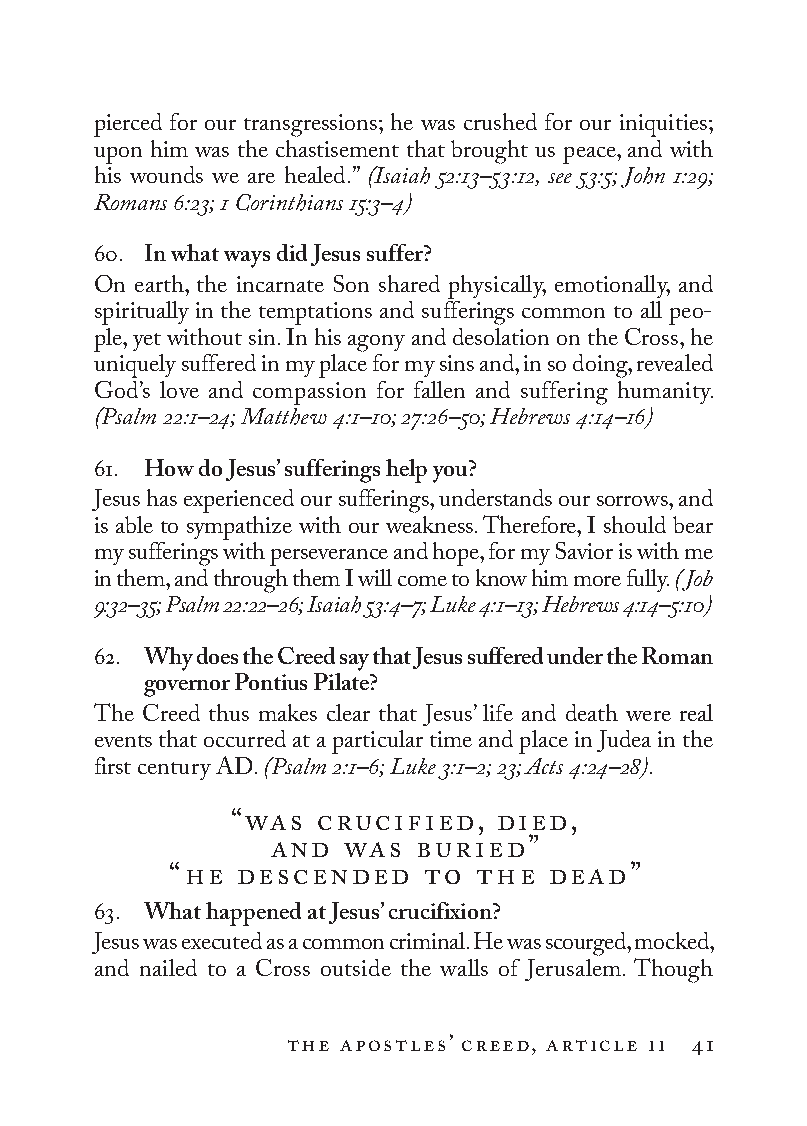
pierced for our transgressions; he was crushed for our iniquities;
 upon him was the chastisement that brought us peace, and with
 his wounds we are healed.” (Isaiah 52:13–53:12, see 53:5; John 1:29;
 Romans 6:23; 1 Co rin thi ans 15:3–4)
 60. In what ways did Jesus suffer?
 On earth, the incarnate Son shared physically, emotionally, and
 spiritually in the temptations and sufferings common to all peo-
 ple, yet without sin. In his agony and desolation on the Cross, he
 uniquely suffered in my place for my sins and, in so doing, revealed
 God’s love and compassion for fallen and suffering humanity.
 (Psalm 22:1–24; Matthew 4:1–10; 27:26–50; Hebrews 4:14–16)
 61. How do Jesus’ sufferings help you?
 Jesus has experienced our sufferings, understands our sorrows, and
 is able to sympathize with our weakness. Therefore, I should bear
 my sufferings with perseverance and hope, for my Savior is with me
 in them, and through them I will come to know him more fully. (Job
 9:32–35; Psalm 22:22–26; Isaiah 53:4–7; Luke 4:1–13; Hebrews 4:14–5:10)
 62. Why does the Creed say that Jesus suffered under the Roman
 governor Pontius Pilate?
 The Creed thus makes clear that Jesus’ life and death were real
 events that occurred at a particular time and place in Judea in the
 first century AD. (Psalm 2:1–6; Luke 3:1–2; 23; Acts 4:24–28).
 “was crucified,  died,
 and  was  buried”
 “he descended   to  the  dead”
 63. What happened at Jesus’ crucifixion?
 Jesus was executed as a common criminal. He was scourged, mocked,
 and nailed to a Cross outside the walls of Jerusalem. Though
 the apostles’ creed, article ii 41
 To be a Christian.566776.int.indd 41        11/13/19 1:31 PM